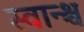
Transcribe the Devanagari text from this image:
स्वान्श्च